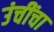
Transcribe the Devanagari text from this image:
उंचींचा